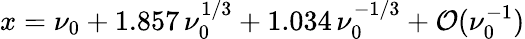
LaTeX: x=\nu_{0}+1.857\, \nu_{0}^{1/3}+1.034\, \nu_{0}^{-1/3}+{\cal O}(\nu_{0}^{-1})